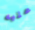
عليه